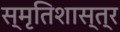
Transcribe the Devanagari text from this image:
स्मृतिशास्त्र